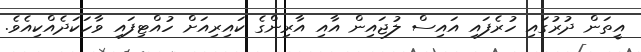
އީތަން ދުރުގައި ހުރެފައި އައިސް ލުޖައިން އާއި އާރިންގެ ކައިރިއަށް ހުއްޓިފައި ވާހަކަދެއްކިއެވެ.